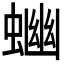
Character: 𧍘